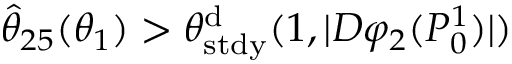
\hat { \theta } _ { 2 5 } ( \theta _ { 1 } ) > \theta _ { \mathrm { s t d y } } ^ { \mathrm { d } } ( 1 , | D \varphi _ { 2 } ( P _ { 0 } ^ { 1 } ) | )